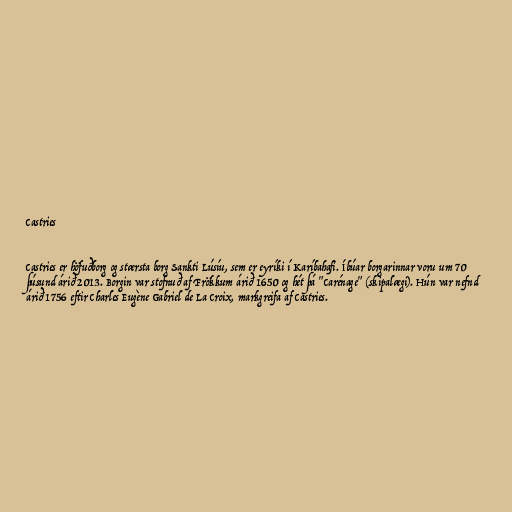
Castries

Castries er höfuðborg og stærsta borg Sankti Lúsíu, sem er eyríki í Karíbahafi. Íbúar borgarinnar voru um 70
þúsund árið 2013. Borgin var stofnuð af Frökkum árið 1650 og hét þá "Carénage" (skipalægi). Hún var nefnd
árið 1756 eftir Charles Eugène Gabriel de La Croix, markgreifa af Castries.